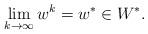
LaTeX: \begin{align*} \lim \limits_{k\rightarrow \infty }w^{k}=w^{*} \in W^{*}.\end{align*}